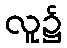
လူ၌